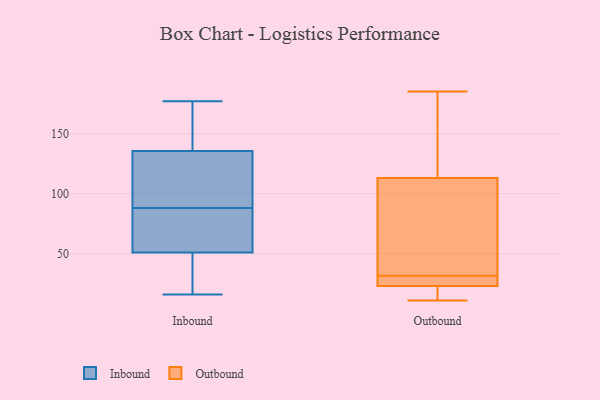
{"axis": {"x": "Production Output", "y": "Value"}, "legend": ["Inbound", "Outbound"], "data": [{"x": "", "y": 51, "type": "Inbound"}, {"x": "", "y": 62, "type": "Inbound"}, {"x": "", "y": 142, "type": "Inbound"}, {"x": "", "y": 16, "type": "Inbound"}, {"x": "", "y": 86, "type": "Inbound"}, {"x": "", "y": 139, "type": "Inbound"}, {"x": "", "y": 177, "type": "Inbound"}, {"x": "", "y": 173, "type": "Inbound"}, {"x": "", "y": 47, "type": "Inbound"}, {"x": "", "y": 91, "type": "Inbound"}, {"x": "", "y": 90, "type": "Inbound"}, {"x": "", "y": 24, "type": "Inbound"}, {"x": "", "y": 74, "type": "Inbound"}, {"x": "", "y": 51, "type": "Inbound"}, {"x": "", "y": 132, "type": "Inbound"}, {"x": "", "y": 120, "type": "Inbound"}, {"x": "", "y": 24, "type": "Outbound"}, {"x": "", "y": 185, "type": "Outbound"}, {"x": "", "y": 17, "type": "Outbound"}, {"x": "", "y": 165, "type": "Outbound"}, {"x": "", "y": 28, "type": "Outbound"}, {"x": "", "y": 35, "type": "Outbound"}, {"x": "", "y": 76, "type": "Outbound"}, {"x": "", "y": 113, "type": "Outbound"}, {"x": "", "y": 23, "type": "Outbound"}, {"x": "", "y": 11, "type": "Outbound"}]}